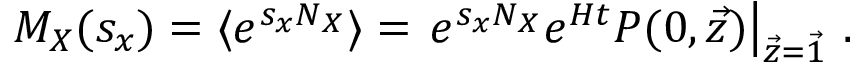
M _ { X } ( s _ { x } ) = \langle e ^ { s _ { x } N _ { X } } \rangle = \left. e ^ { s _ { x } N _ { X } } e ^ { H t } P ( 0 , \vec { z } ) \right| _ { \vec { z } = \vec { 1 } } \, .